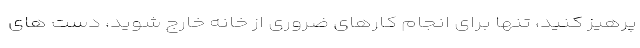
پرهیز کنید، تنها برای انجام کارهای ضروری از خانه خارج شوید، دست های